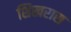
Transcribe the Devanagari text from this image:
शिखरास